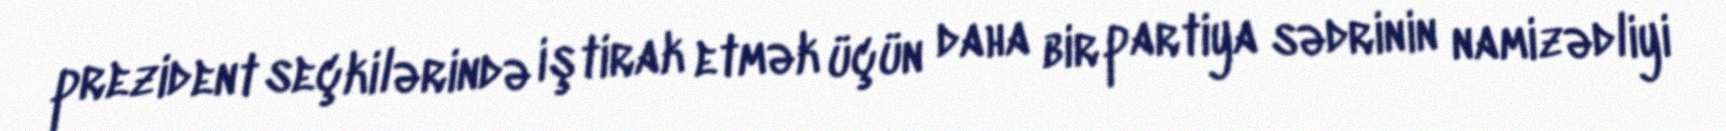
prezident seçkilərində iştirak etmək üçün daha bir partiya sədrinin namizədliyi